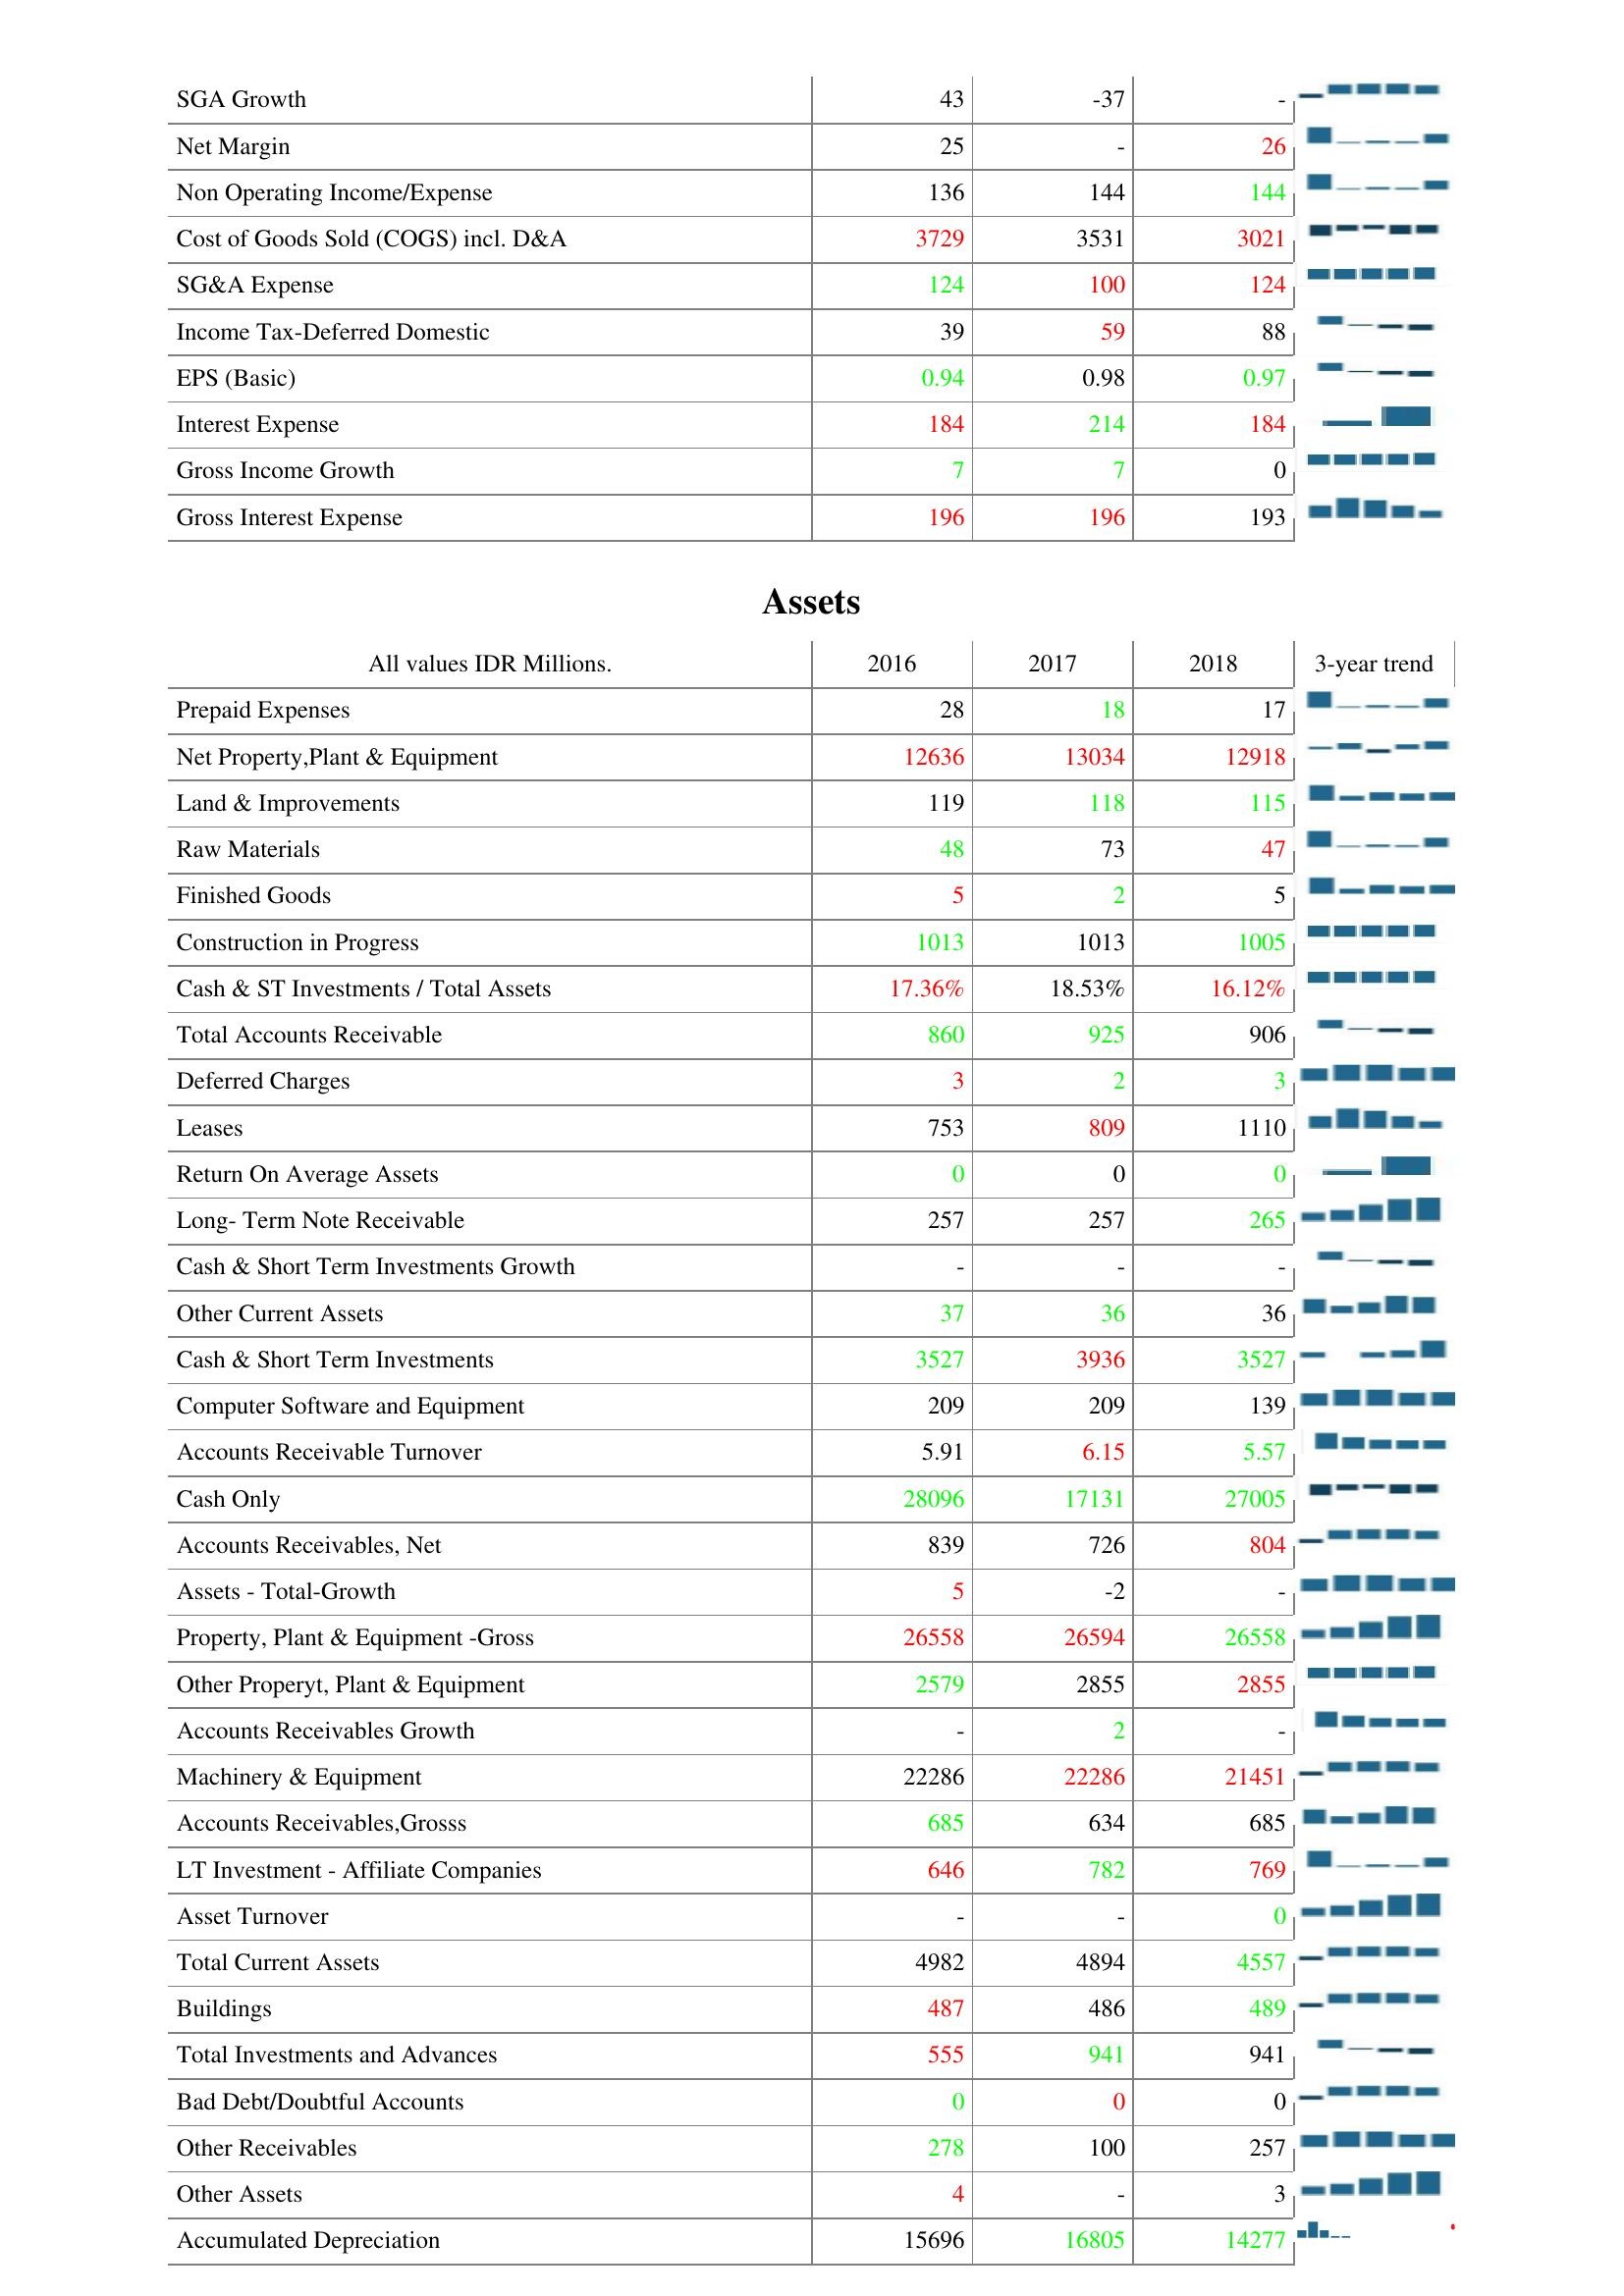
2016: : SGA Growth: 43
Net Margin: 25
Non Operating Income/Expense: 136
Cost of Goods Sold (COGS) incl. D&A: 3729
SG&A Expense: 124
Income Tax-Deferred Domestic: 39
EPS (Basic): 0.94
Interest Expense: 184
Gross Income Growth: 7
Gross Interest Expense: 196
Assets: Prepaid Expenses: 28
Net Property,Plant & Equipment: 12636
Land & Improvements: 119
Raw Materials: 48
Finished Goods: 5
Construction in Progress: 1013
Cash & ST Investments / Total Assets: 17.36%
Total Accounts Receivable: 860
Deferred Charges: 3
Leases: 753
Return On Average Assets: 0
Long- Term Note Receivable: 257
Cash & Short Term Investments Growth: -
Other Current Assets: 37
Cash & Short Term Investments: 3527
Computer Software and Equipment: 209
Accounts Receivable Turnover: 5.91
Cash Only: 28096
Accounts Receivables, Net: 839
Assets - Total-Growth: 5
Property, Plant & Equipment -Gross: 26558
Other Properyt, Plant & Equipment: 2579
Accounts Receivables Growth: -
Machinery & Equipment: 22286
Accounts Receivables,Grosss: 685
LT Investment - Affiliate Companies: 646
Asset Turnover: -
Total Current Assets: 4982
Buildings: 487
Total Investments and Advances: 555
Bad Debt/Doubtful Accounts: 0
Other Receivables: 278
Other Assets: 4
Accumulated Depreciation: 15696
2017: : SGA Growth: -37
Net Margin: -
Non Operating Income/Expense: 144
Cost of Goods Sold (COGS) incl. D&A: 3531
SG&A Expense: 100
Income Tax-Deferred Domestic: 59
EPS (Basic): 0.98
Interest Expense: 214
Gross Income Growth: 7
Gross Interest Expense: 196
Assets: Prepaid Expenses: 18
Net Property,Plant & Equipment: 13034
Land & Improvements: 118
Raw Materials: 73
Finished Goods: 2
Construction in Progress: 1013
Cash & ST Investments / Total Assets: 18.53%
Total Accounts Receivable: 925
Deferred Charges: 2
Leases: 809
Return On Average Assets: 0
Long- Term Note Receivable: 257
Cash & Short Term Investments Growth: -
Other Current Assets: 36
Cash & Short Term Investments: 3936
Computer Software and Equipment: 209
Accounts Receivable Turnover: 6.15
Cash Only: 17131
Accounts Receivables, Net: 726
Assets - Total-Growth: -2
Property, Plant & Equipment -Gross: 26594
Other Properyt, Plant & Equipment: 2855
Accounts Receivables Growth: 2
Machinery & Equipment: 22286
Accounts Receivables,Grosss: 634
LT Investment - Affiliate Companies: 782
Asset Turnover: -
Total Current Assets: 4894
Buildings: 486
Total Investments and Advances: 941
Bad Debt/Doubtful Accounts: 0
Other Receivables: 100
Other Assets: -
Accumulated Depreciation: 16805
2018: : SGA Growth: -
Net Margin: 26
Non Operating Income/Expense: 144
Cost of Goods Sold (COGS) incl. D&A: 3021
SG&A Expense: 124
Income Tax-Deferred Domestic: 88
EPS (Basic): 0.97
Interest Expense: 184
Gross Income Growth: 0
Gross Interest Expense: 193
Assets: Prepaid Expenses: 17
Net Property,Plant & Equipment: 12918
Land & Improvements: 115
Raw Materials: 47
Finished Goods: 5
Construction in Progress: 1005
Cash & ST Investments / Total Assets: 16.12%
Total Accounts Receivable: 906
Deferred Charges: 3
Leases: 1110
Return On Average Assets: 0
Long- Term Note Receivable: 265
Cash & Short Term Investments Growth: -
Other Current Assets: 36
Cash & Short Term Investments: 3527
Computer Software and Equipment: 139
Accounts Receivable Turnover: 5.57
Cash Only: 27005
Accounts Receivables, Net: 804
Assets - Total-Growth: -
Property, Plant & Equipment -Gross: 26558
Other Properyt, Plant & Equipment: 2855
Accounts Receivables Growth: -
Machinery & Equipment: 21451
Accounts Receivables,Grosss: 685
LT Investment - Affiliate Companies: 769
Asset Turnover: 0
Total Current Assets: 4557
Buildings: 489
Total Investments and Advances: 941
Bad Debt/Doubtful Accounts: 0
Other Receivables: 257
Other Assets: 3
Accumulated Depreciation: 14277